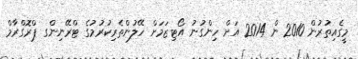
މީގެއިތުރުން 2010 ން 2014 އަށް ހިންގުނު އޯޓިޒަމަށް ހޭލުންތެރިކުރުމުގެ ޓްރޭނިންގ ޕްރޮގްރާމް